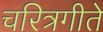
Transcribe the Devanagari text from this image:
चरित्रगीते